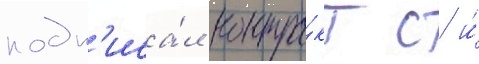
подп'иса́л контра́кт с и́